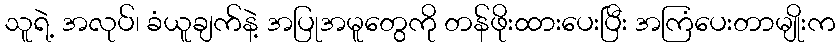
သူရဲ့ အလုပ်၊ ခံယူချက်နဲ့ အပြုအမူတွေကို တန်ဖိုးထားပေးပြီး အကြံပေးတာမျိုးက